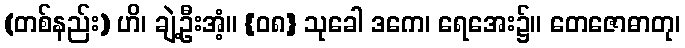
(တစ်နည်း) ဟိ၊ ချဲ့ဦးအံ့။ {၀၈} သုခေါ ဒကေ၊ ရေအေး၌။ တေဇောဓာတု၊